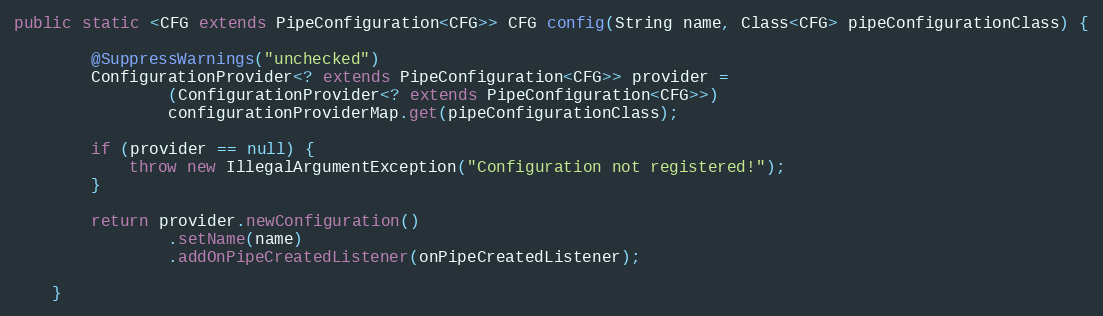
Language: Java
public static <CFG extends PipeConfiguration<CFG>> CFG config(String name, Class<CFG> pipeConfigurationClass) {

        @SuppressWarnings("unchecked")
        ConfigurationProvider<? extends PipeConfiguration<CFG>> provider =
                (ConfigurationProvider<? extends PipeConfiguration<CFG>>)
                configurationProviderMap.get(pipeConfigurationClass);

        if (provider == null) {
            throw new IllegalArgumentException("Configuration not registered!");
        }

        return provider.newConfiguration()
                .setName(name)
                .addOnPipeCreatedListener(onPipeCreatedListener);

    }